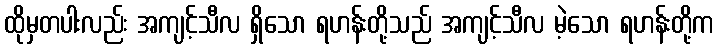
ထိုမှတပါးလည်း အကျင့်သီလ ရှိသော ရဟန်းတို့သည် အကျင့်သီလ မဲ့သော ရဟန်းတို့က